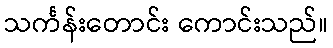
သင်္ကန်းတောင်း ကောင်းသည်။